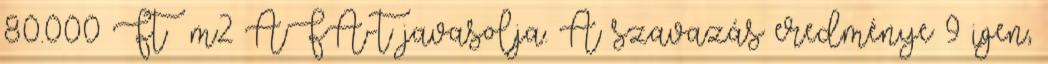
80.000 Ft m2 ÁFÁ-t javasolja. A szavazás eredménye 9 igen,